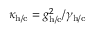
\kappa _ { \mathrm { h / c } } = g _ { \mathrm { h / c } } ^ { 2 } / \gamma _ { \mathrm { h / c } }